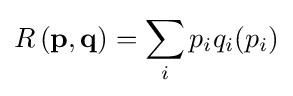
R\left(\mathbf {p,q} \right)=\sum _{i}p_{i}q_{i}(p_{i})